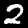
Label: 2